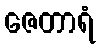
ဇေတာရံ